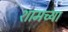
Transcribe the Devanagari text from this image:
शामच्या